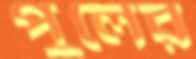
পুলের